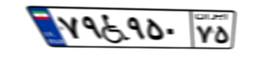
۷۹W۹۵۰۷۵